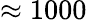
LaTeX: \approx 1000